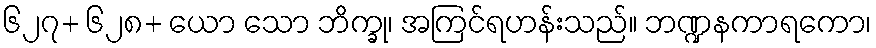
၆၂၇+ ၆၂၈+ ယော သော ဘိက္ခု၊ အကြင်ရဟန်းသည်။ ဘဏ္ဍနကာရကော၊